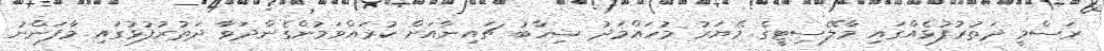
ރަސްމީ ދަތުރުފުޅެއްގައި މާލޭސިޓީގެ މޭޔަރު މުހައްމަދު ޝިހާބު ޗައިނާއަށް ކުރައްވަމުންގެންދަވާ ދަތުރުފުޅުގައި މާފަންނު